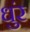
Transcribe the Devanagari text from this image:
धुंर